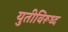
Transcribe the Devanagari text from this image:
युतीविरूध्द